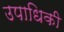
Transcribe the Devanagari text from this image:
उपाधिकी